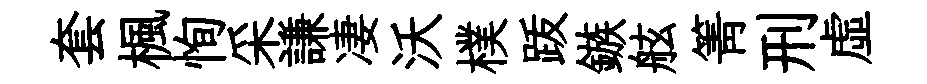
套楓恂采謙凄沃樸䟦鏃舷箐刑虚